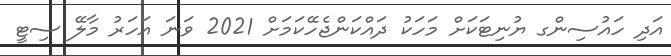
އަދި ހައުސިންގ ޔުނިޓަކަށް މަހަކު ދައްކަންޖެހޭކަމަށް 2021 ވަނަ އަހަރު މާލޭ ސިޓީ